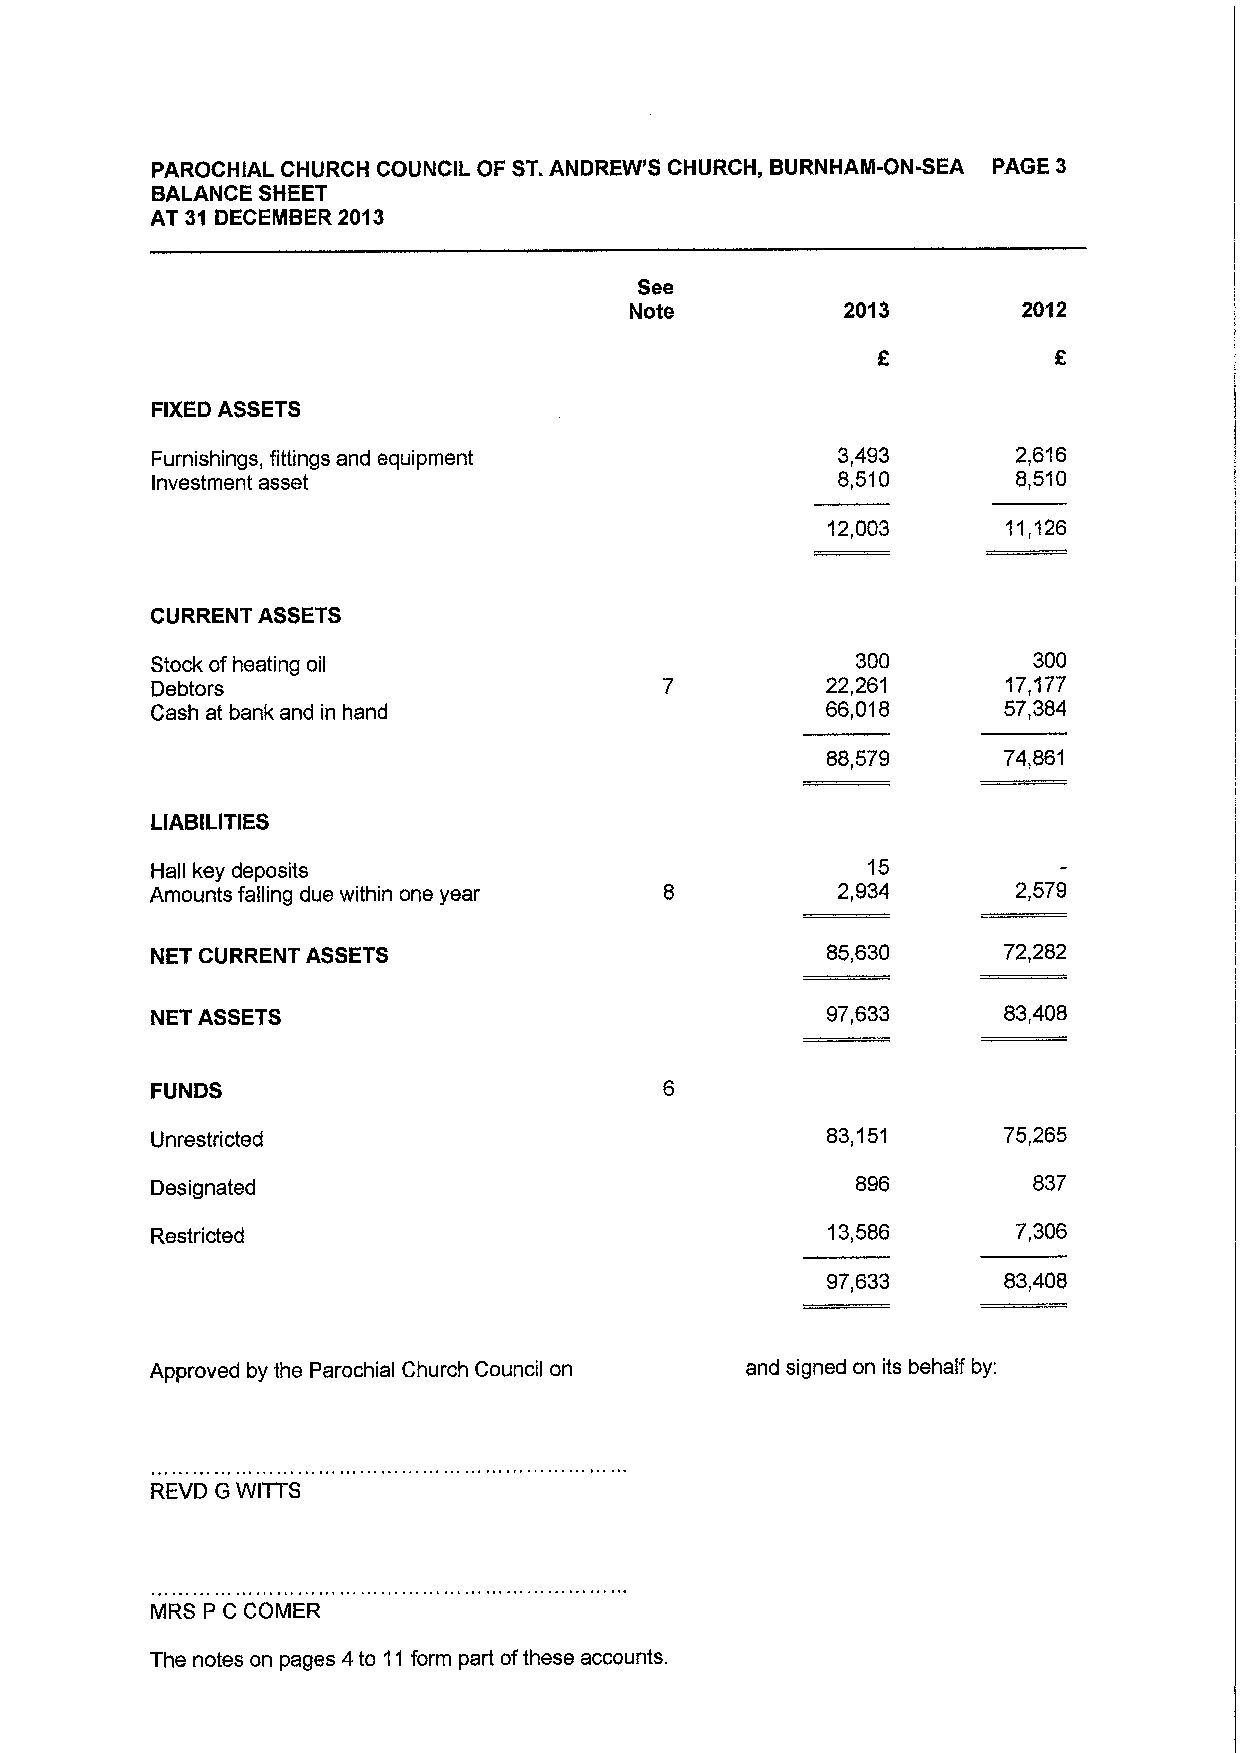
PAROCHIAL CHURCH COUNCIL OF ST.ANDREW'S CHURCH„BURNHAM-ONNEA PAGE 3
 BALANCE SHEET
 AT 31 DECEMBER 2013
 See
 Note          2013        2012
 FIXEDASSETS
 Furnishings, fittings and equipment          3,493       2,616
 Investment asset                             8,510       8,510
 12,003      11,126
 CURRENT ASSETS
 Stock of heating oil                           300        300
 Debtors                                      22,261      17,177
 Cash at bank and in hand                     66,018     57,384
 88,579     74,861
 LIABILITIES
 Hall key deposits                              15
 Amounts falling due within one year          2,934       2,579
 NET CURRENT ASSETS                           85,630     72,282
 NET ASSETS                                   97,633     83,408
 FUNDS
 Unrestricted                                 83,151     75,265
 Designated                                     896        837
 Restricted                                   13,586      7,306
 97,633     83,408
 Approved by the Parochial Church Council on and signed on its behalf by:
 REVD G WITTS
 MRS P C COMER
 The notes on pages 4to 11form part ofthese accounts.